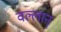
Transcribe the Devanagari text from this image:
वल्लान्